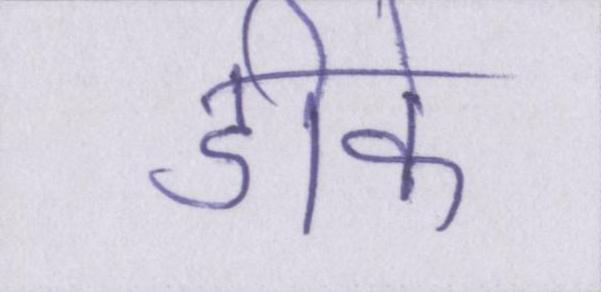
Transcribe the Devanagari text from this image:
डीके